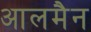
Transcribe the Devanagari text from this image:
आलमैन